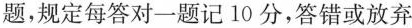
题，规定每答对一题记10分，答错或放弃